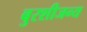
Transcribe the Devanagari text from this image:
बुरशीजन्य